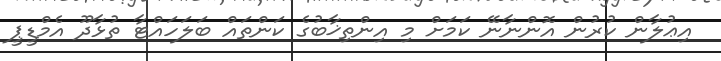
އިޢުލާން ކުރުން އޮންނާނޭ ކަމަށް މި އިންތިޚާބުގެ ކަންތައް ބަލަހައްޓާ ތުޅާދޫ އެމްޑީޕީ